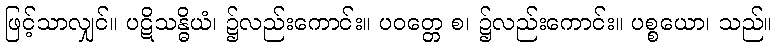
ဖြင့်သာလျှင်။ ပဋိသန္ဓိယံ၊ ၌လည်းကောင်း။ ပဝတ္တေ စ၊ ၌လည်းကောင်း။ ပစ္စယော၊ သည်။